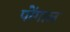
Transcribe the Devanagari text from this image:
पोंगाल